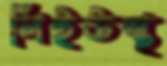
লিইউস্থ